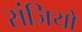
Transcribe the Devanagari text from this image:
संजियो